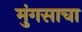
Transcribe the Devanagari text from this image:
मुंगसाचा